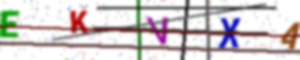
Text: EKVXA